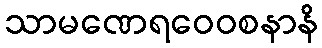
သာမဏေရဝေဝစနာနိ